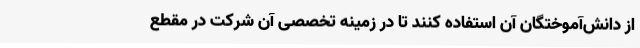
از دانش‌آموختگان آن استفاده کنند تا در زمینه تخصصی آن شرکت در مقطع